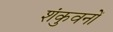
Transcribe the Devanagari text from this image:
शंकुवनों